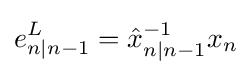
e_{n|n-1}^{L}={\hat {x}}_{n|n-1}^{-1}x_{n}